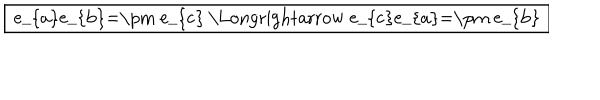
\fbox { e _ { a } e _ { b } = \pm e _ { c } \Longrightarrow e _ { c } e _ { a } = \pm e _ { b } }